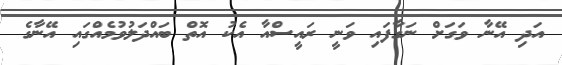
އަދި އޭނާ ވަގަށް ނަގާފައި ވަނީ ރައީސްއާ އެކު އޮތް ބައްދަލުވުމެއްގައި އޭނާގެ